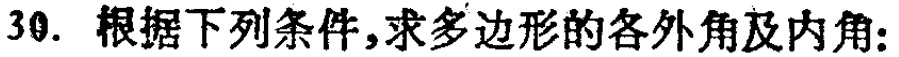
30. 根据下列条件，求多边形的各外角及内角：